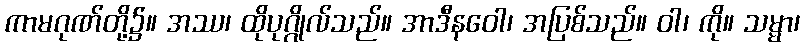
ကာမဂုဏ်တို့၌။ အဿ၊ ထိုပုဂ္ဂိုလ်သည်။ အာဒီနဝေါ၊ အပြစ်သည်။ ဝါ၊ ကို။ သမ္မာ၊